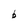
Character: b